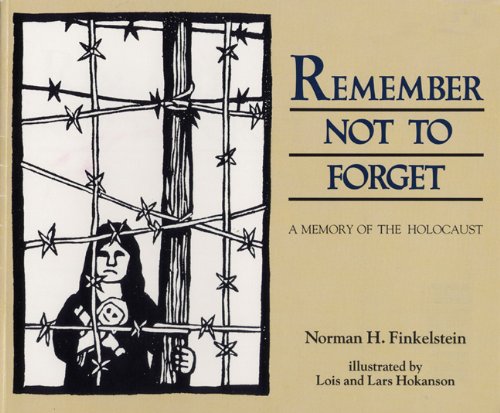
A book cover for Remember Not To Forget: A Memory of the Holocaust; Norman H. Finkelstein; Children's Books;